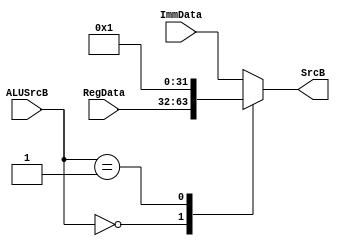
`timescale 1ns / 1ps

module SrcB_MUX(
    input [1:0] ALUSrcB,
    input [31:0] RegData,
    input [31:0] ImmData,
    output reg [31:0] SrcB
);

always@(ALUSrcB) begin
    case(ALUSrcB)
        2'b00:
            SrcB = RegData;
        2'b01:
            SrcB = 32'd1;
        default:
            SrcB = ImmData;
    endcase
end

endmodule